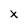
Character: x